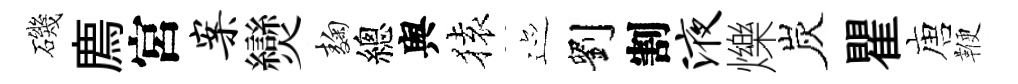
磯廌宮案𤓖麹總舆𫞤迹劉割液爍炭瞿唐鞭